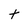
Character: t